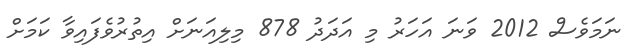
ނަމަވެސް 2012 ވަނަ އަހަރު މި އަދަދު 878 މިލިއަނަށް އިތުރުވެފައިވާ ކަމަށް